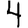
Digit: 4